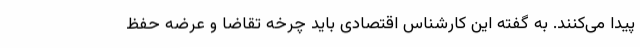
پیدا می‌کنند. به گفته این کارشناس اقتصادی باید چرخه تقاضا و عرضه حفظ